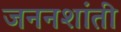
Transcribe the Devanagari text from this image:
जननशांती